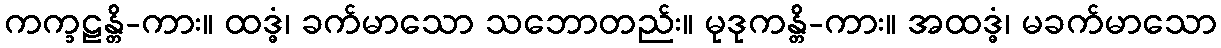
ကက္ခဠန္တိ-ကား။ ထဒ္ဓံ၊ ခက်မာသော သဘောတည်း။ မုဒုကန္တိ-ကား။ အထဒ္ဓံ၊ မခက်မာသော